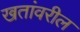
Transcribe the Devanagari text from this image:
खतांवरील